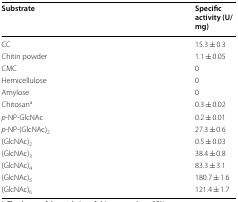
<table><thead><tr><td><b>Substrate</b></td><td><b>Specific activity (U/mg)</b></td></tr></thead><tbody><tr><td>CC</td><td>15.3 ± 0.3</td></tr><tr><td>Chitin powder</td><td>1.1 ± 0.05</td></tr><tr><td>CMC</td><td>0</td></tr><tr><td>Hemicellulose</td><td>0</td></tr><tr><td>Amylose</td><td>0</td></tr><tr><td>Chitosan<sup>a</sup></td><td>0.3 ± 0.02</td></tr><tr><td><i>p</i>-NP-GlcNAc</td><td>0.2 ± 0.01</td></tr><tr><td><i>p</i>-NP-(GlcNAc)<sub>2</sub></td><td>27.3 ± 0.6</td></tr><tr><td>(GlcNAc)<sub>2</sub></td><td>0.5 ± 0.03</td></tr><tr><td>(GlcNAc)<sub>3</sub></td><td>38.4 ± 0.8</td></tr><tr><td>(GlcNAc)<sub>4</sub></td><td>83.3 ± 3.1</td></tr><tr><td>(GlcNAc)<sub>5</sub></td><td>180.7 ± 1.6</td></tr><tr><td>(GlcNAc)<sub>6</sub></td><td>121.4 ± 1.7</td></tr></tbody></table>